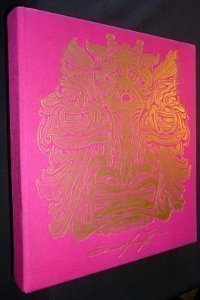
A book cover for Saudi Arabian Portfolio; Travel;